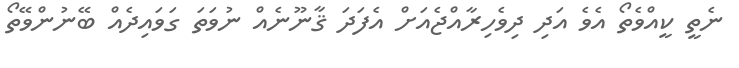
ނެތީ ކީއްވެތޯ އެވެ އަދި ދިވެހިރާއްޖެއަށް އެފަދަ ޤާނޫނެއް ނުވަތަ ގަވައިދެއް ބޭނުންވޭތޯ